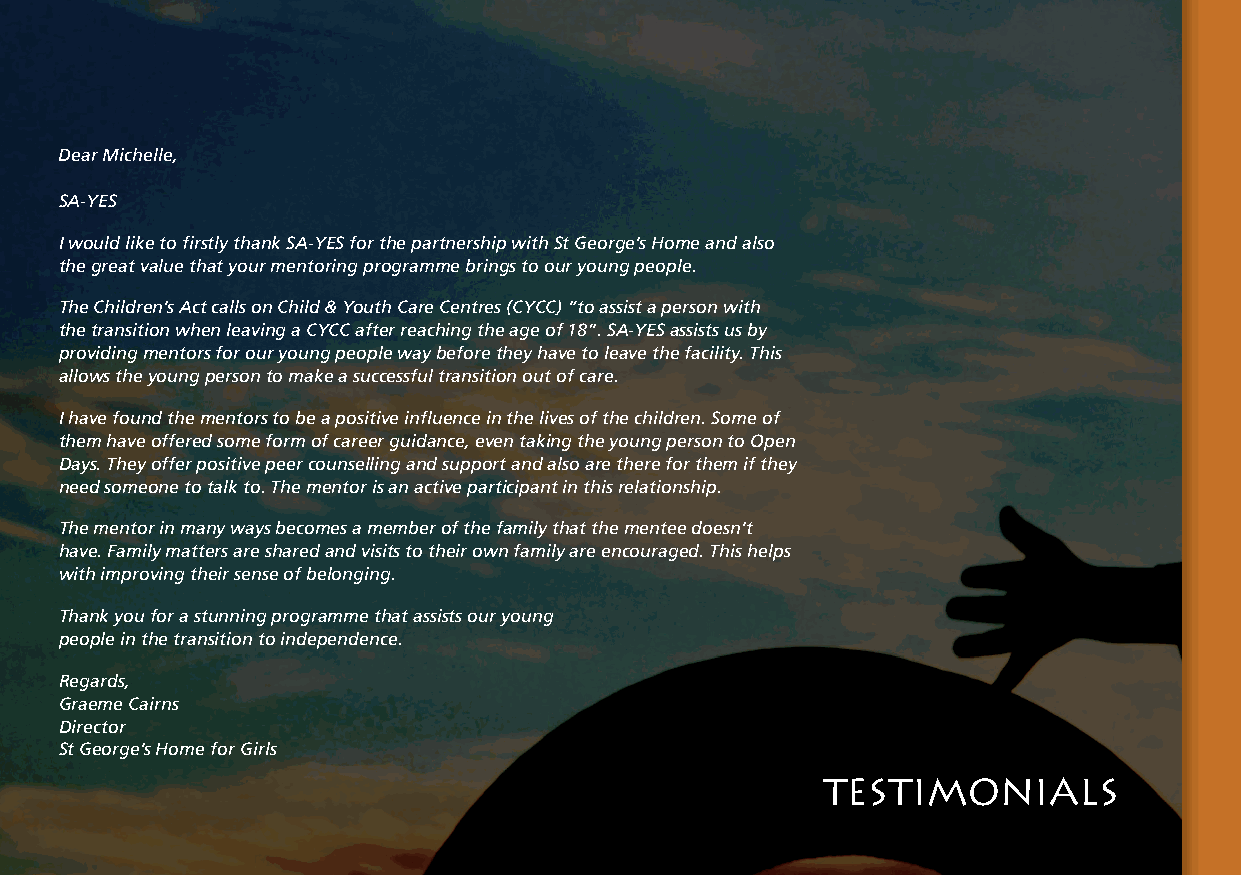
Dear Michelle,
 SA-YES
 I would like to firstly thank SA-YES for the partnership with St George’s Home and also
 the great value that your mentoring programme brings to our young people.
 The Children’s Act calls on Child & Youth Care Centres (CYCC) “to assist a person with
 the transition when leaving a CYCC after reaching the age of 18”. SA-YES assists us by
 providing mentors for our young people way before they have to leave the facility. This
 allows the young person to make a successful transition out of care.
 I have found the mentors to be a positive influence in the lives of the children. Some of
 them have offered some form of career guidance, even taking the young person to Open
 Days. They offer positive peer counselling and support and also are there for them if they
 need someone to talk to. The mentor is an active participant in this relationship.
 The mentor in many ways becomes a member of the family that the mentee doesn’t
 have. Family matters are shared and visits to their own family are encouraged. This helps
 with improving their sense of belonging.
 Thank you for a stunning programme that assists our young
 people in the transition to independence.
 Regards,
 Graeme Cairns
 Director
 St George’s Home for Girls
 TESTIMONIALS